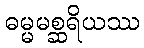
ဓမ္မမစ္ဆရိယဿ